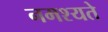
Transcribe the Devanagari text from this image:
नमश्यते